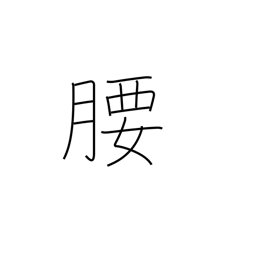
Meaning: hips